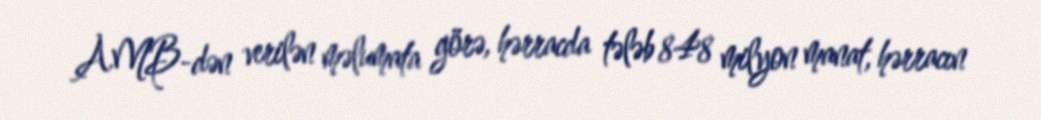
AMB-dən verilən məlumata görə, hərracda tələb 848 milyon manat, hərracın